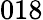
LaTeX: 018